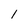
Character: 1